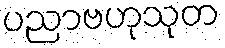
ပညာဗဟုသုတ